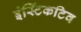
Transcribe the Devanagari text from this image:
इंस्टिंकटिव